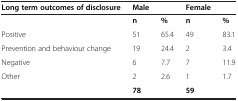
<table><thead><tr><td><b>Long term outcomes of disclosure</b></td><td><b>Male</b></td><td><b> </b></td><td><b>Female</b></td><td><b> </b></td></tr></thead><tbody><tr><td> </td><td><b>n</b></td><td><b>%</b></td><td><b>n</b></td><td><b>%</b></td></tr><tr><td>Positive</td><td>51</td><td>65.4</td><td>49</td><td>83.1</td></tr><tr><td>Prevention and behaviour change</td><td>19</td><td>24.4</td><td>2</td><td>3.4</td></tr><tr><td>Negative</td><td>6</td><td>7.7</td><td>7</td><td>11.9</td></tr><tr><td>Other</td><td>2</td><td>2.6</td><td>1</td><td>1.7</td></tr><tr><td> </td><td><b>78</b></td><td> </td><td><b>59</b></td><td> </td></tr></tbody></table>